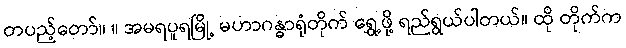
တပည့်တော်။ ။ အမရပူရမြို့ မဟာဂန္ဓာရုံတိုက် ရွှေ့ဖို့ ရည်ရွယ်ပါတယ်။ ထို တိုက်က